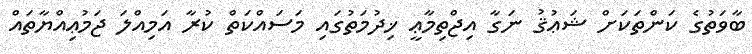
ބާވަތުގެ ކަންތަކަށް ޝަޢުޤު ނަގާ އިޖްތިމާޢީ ޚިދުމަތުގައި މަސައްކަތް ކުރާ އަމިއްލަ ޖަމުޢިިއްޔާތައް